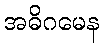
အဓိဂမေန